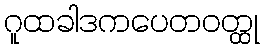
ဂူထခါဒကပေတဝတ္ထု